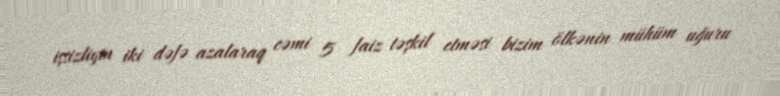
işsizliyin iki dəfə azalaraq cəmi 5 faiz təşkil etməsi bizim ölkənin mühüm uğuru